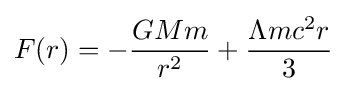
F(r)=-{\frac {GMm}{r^{2}}}+{\frac {\Lambda mc^{2}r}{3}}